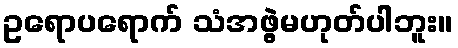
ဥရောပရောက် သံအဖွဲ့မဟုတ်ပါဘူး။